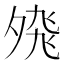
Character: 𭐸